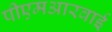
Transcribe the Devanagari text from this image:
पीएमआरवाई